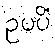
ဥပပိံ